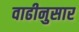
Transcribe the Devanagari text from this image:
वाढीनुसार